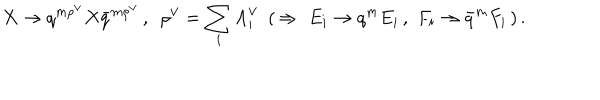
LaTeX: X \to q ^ { m { \rho } ^ { \vee } } X { \bar { q } } ^ { m { \rho } ^ { \vee } } \, , \, \, \, { \rho } ^ { \vee } = \sum _ { i } { \Lambda } _ { i } ^ { \vee } \, \, \, ( \, \Rightarrow \, \, E _ { i } \to q ^ { m } E _ { i } \, , \, \, F _ { i } \to { \bar { q } } ^ { m } F _ { i } \, ) \, .